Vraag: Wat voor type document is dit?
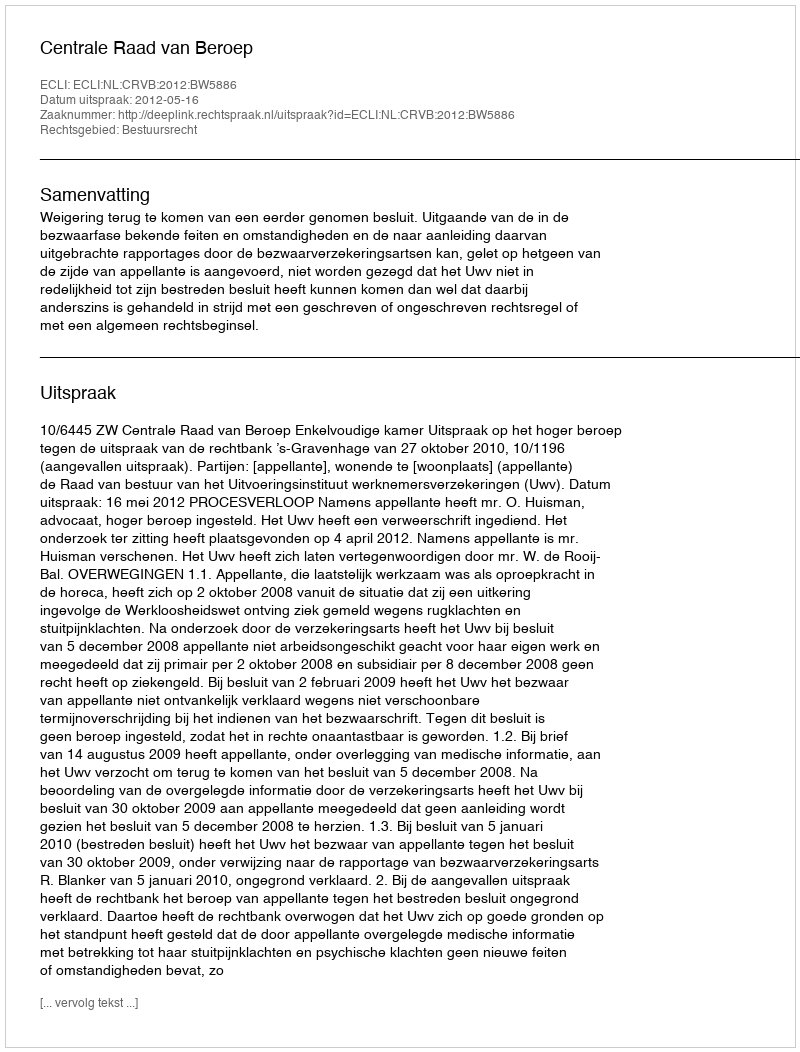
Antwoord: Uitspraak